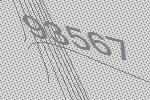
93567